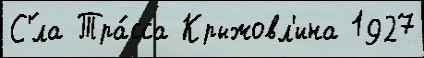
С'́ла Тра́сса Крыжовл'ина 1927